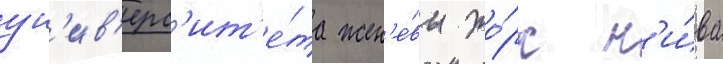
ун'ив'ерс'ит'е́та жен'е́вы жо́рж н'и́ва